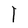
Character: l